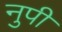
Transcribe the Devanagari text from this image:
नुपी